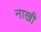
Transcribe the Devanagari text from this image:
नाखी